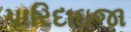
પારિદાઇજા